Indian journal of veterinary science and animal husbandry - Volumes 18-21, 1948-1951
Year: 1948
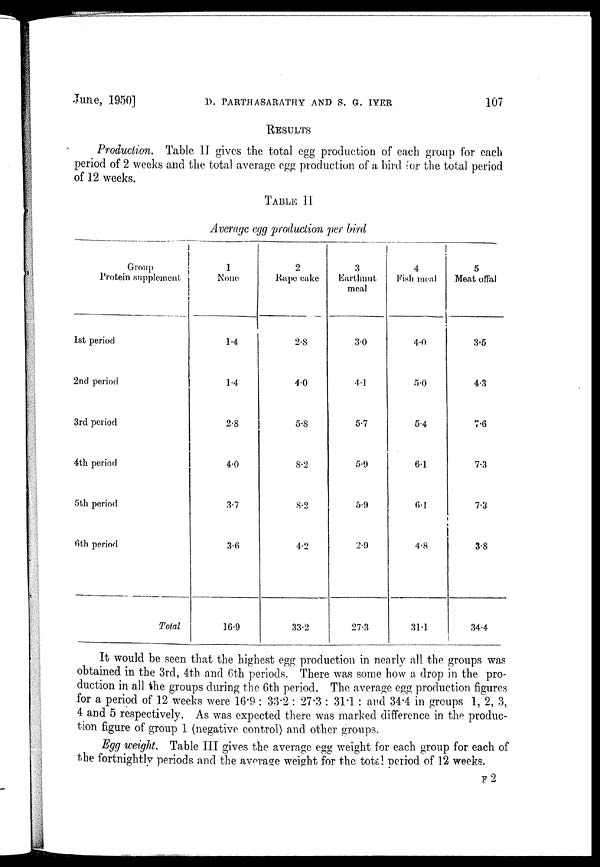
June, 1950]
D.
PARTHASARATHY
AND
S.
G.
IYER
107
RESULTS
Production. Table II gives the total egg production of each group for each
period of 2 weeks and the total average egg production of a bird for the total period
of 12 weeks.
TABLE II
Average egg production per bird
Group
Protein supplement
1st period
2nd period
3rd period
4th period
5th period
6th period
Total
1
None
1.4
1.4
2.8
4.0
3.7
3.6
16.9
2
Rape cake
2.8
4.0
5.8
8.2
8.2
4.2
33.2
3
Earthnut
meal
3.0
4.1
5.7
5.9
5.9
2.9
27.3
4
Fish meal
4.0
5.0
5.4
6.1
6.1
4.8
31.1
5
Meat offal
3.5
4.3
7.6
7.3
7.3
3.8
34.4
It would be seen that the highest egg production in nearly all the groups was
obtained in the 3rd, 4th and 6th periods. There was some how a drop in the pro-
duction in all the groups during the 6th period. The average egg production figures
for a period of 12 weeks were 16.9 : 33.2 : 27.3 : 31.1 : and 34.4 in groups 1, 2 3,
4 and 5 respectively. As was expected there was marked difference in the produc-
tion figure of group 1 (negative control) and other groups.
Egg weight. Table III gives the average egg weight for each group for each of
the fortnightly periods and the average weight for the total period of 12 weeks.
F 2